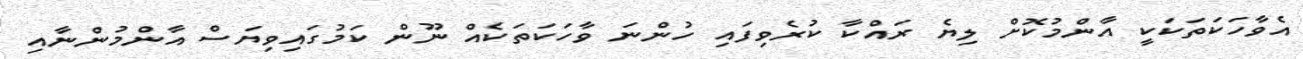
އެވާހަކަތަކަކީ އާންމުކޮށް ލިޔެ ރައްކާ ކުރެވިފައި ހުންނަ ވާހަކަތަކެއް ނޫން ކަމުގައިވިޔަސް އާންމުންނާއި